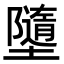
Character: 𡓗